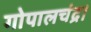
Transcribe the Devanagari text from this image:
गोपालचंद्र।